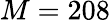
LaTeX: M=208